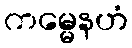
ကမ္မေနဟံ